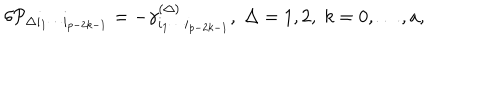
LaTeX: \delta { \cal P } _ { \Delta i _ { 1 } \cdots i _ { p - 2 k - 1 } } = - \gamma _ { i _ { 1 } \cdots i _ { p - 2 k - 1 } } ^ { ( \Delta ) } , \; \Delta = 1 , 2 , \; k = 0 , \ldots , a ,